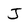
Character: J